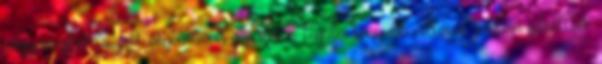
vagy meghatározott algoritmus szerint a legalacsonyabb cellánál jobban feltöltött